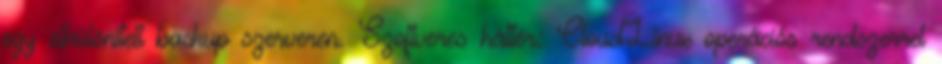
egy elkülönített backup szerveren. Szoftveres háttér: CloudLinux operációs rendszerrel